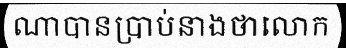
ណាបានប្រាប់នាងថាលោក